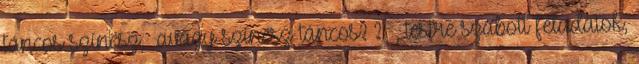
táncos színész, avagy színész táncos? ? , testre szabott feladatok,